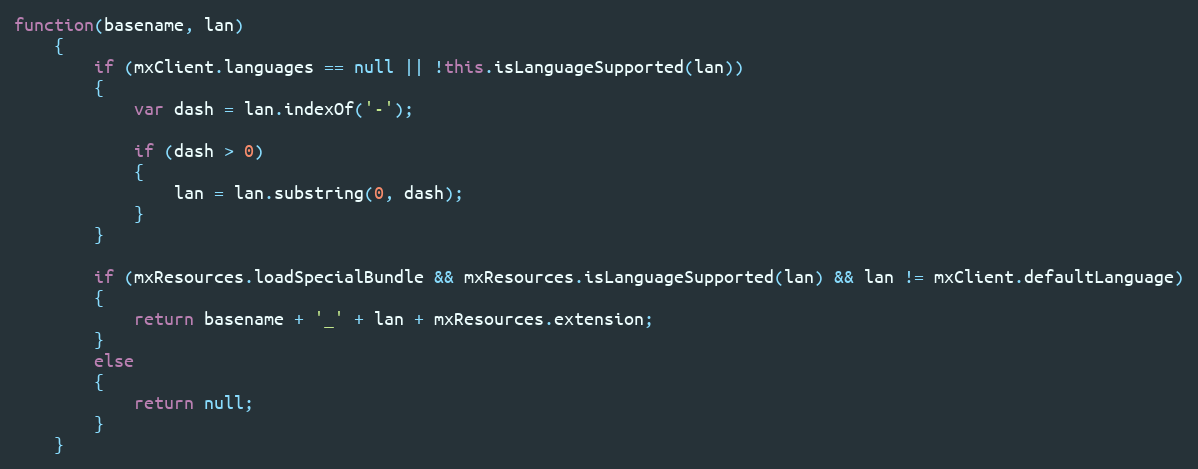
Language: JavaScript
function(basename, lan)
	{
		if (mxClient.languages == null || !this.isLanguageSupported(lan))
		{
			var dash = lan.indexOf('-');

			if (dash > 0)
			{
				lan = lan.substring(0, dash);
			}
		}

		if (mxResources.loadSpecialBundle && mxResources.isLanguageSupported(lan) && lan != mxClient.defaultLanguage)
		{
			return basename + '_' + lan + mxResources.extension;
		}
		else
		{
			return null;
		}
	}